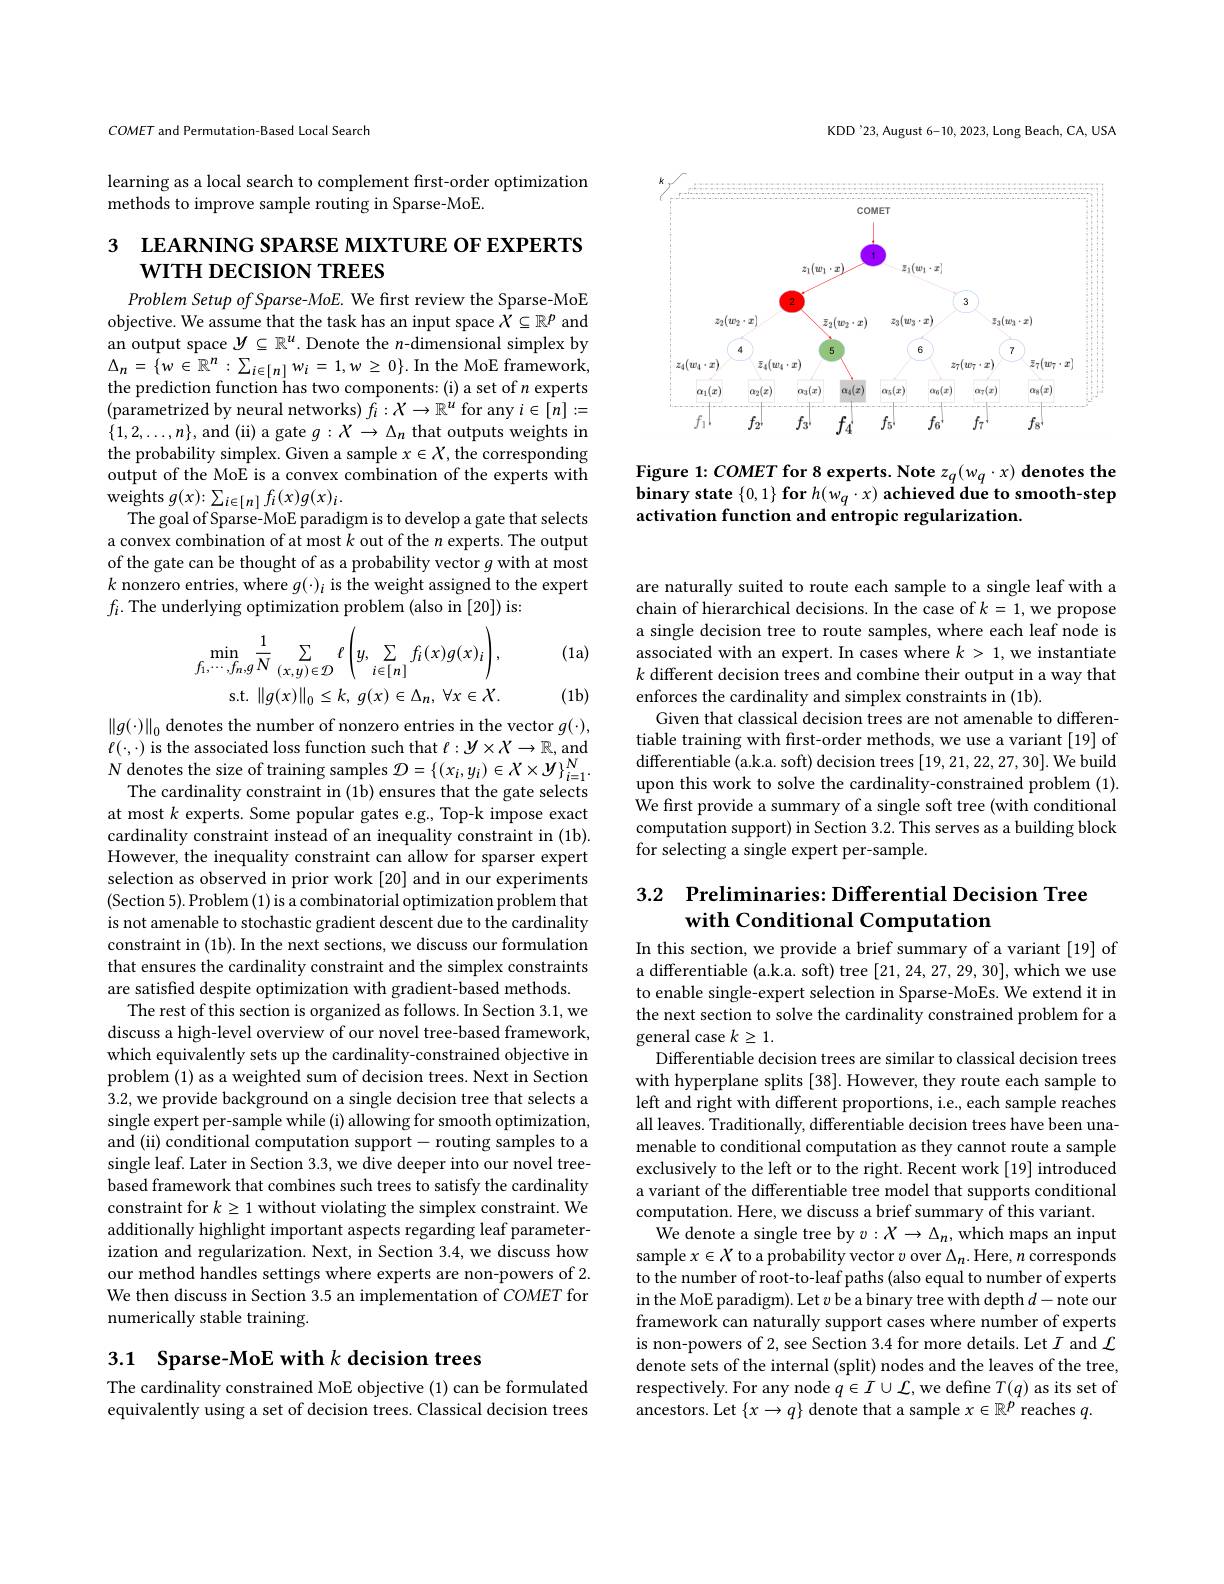
KDD'23, August 6-10, 2023, Long Beach, CA, USA

<FigureHere>

Figure 1: COMET for 8 experts. Note $z_q(w_q\cdot x)$ denotes the binary state $\{ 0, 1\} \textbf{for }h( w_q\cdot x) \textbf{ achieved due to smooth- step}$ activation function and entropic regularization.

COMET and Permutation-Based Local Search

learning as a local search to complement first-order optimization
methods to improve sample routing in Sparse-MoE.

# 3 LEARNING SPARSE MIXTURE OF EXPERTS $\mathbf{w}$ITH DECISION TREES

Problem Setup of Sparse-MoE. We first review the Sparse-MoE objective. We assume that the task has an input space $X\subseteq\mathbb{R}^p$ and an output space $y\subseteq\mathbb{R}^u.$ Denote the $n$-dimensional simplex by $\Delta_{n}=\{w\in\mathbb{R}^{n}:\sum_{i\in[n]}w_{i}=1,w\geq0\}.$In the MoE framework, the prediction function has two components: (i) a set of $n$ experts (parametrized by neural networks) $f_i:X\to\mathbb{R}^u$ for any $i\in[n]:=$ $\{1,2,\ldots,n\}$, and (ii) a gate $g:X\to\Delta_n$ that outputs weights in the probability simplex. Given a sample $x\in X$, the corresponding output of the MoE is a convex combination of the experts with weights $g(x)\colon\sum_{i\in[n]}f_{i}(x)g(x)_{i}.$
The goal of Sparse-MoE paradigm is to develop a gate that selects a convex combination of at most $k$ out of the $n$ experts. The output of the gate can be thought of as a probability vector $g$ with at most $k$ nonzero entries, where $g(\cdot)_i$ is the weight assigned to the expert $f_i.$ The underlying optimization problem (also in [20]) is:

(1a)
$$\min_{f_{1},\cdots,f_{n},g}\frac{1}{N}\sum_{(x,y)\in\mathcal{D}}\ell\left(y,\sum_{i\in[n]}f_{i}(x)g(x)_{i}\right),$$
(1b)

$\left\|g(\cdot)\right\|_0$ denotes the number of nonzero entries in the vector $g(\cdot)$, $\ell ( \cdot , \cdot )$ is the associated loss function such that $\ell : \mathcal{Y} \times \mathcal{X} \to \mathbb{R} $, and $N$ denotes the size of training samples $\mathcal{D} = \left \{ ( x_{i}, y_{i}) \in \mathcal{X} \times \mathcal{Y} \right \} _{i= 1}^{N}.$
The cardinality constraint in (1b) ensures that the gate selects at most $k$ experts. Some popular gates e.g., Top-k impose exact cardinality constraint instead of an inequality constraint in (1b). However, the inequality constraint can allow for sparser expert selection as observed in prior work [20] and in our experiments (Section 5). Problem (1) is a combinatorial optimization problem that is not amenable to stochastic gradient descent due to the cardinality constraint in (1b). In the next sections, we discuss our formulation that ensures the cardinality constraint and the simplex constraints are satisfied despite optimization with gradient-based methods.
The rest of this section is organized as follows. In Section 3.1, we discuss a high-level overview of our novel tree-based framework, which equivalently sets up the cardinality-constrained objective in problem (1) as a weighted sum of decision trees. Next in Section 3.2, we provide background on a single decision tree that selects a single expert per-sample while (i) allowing for smooth optimization, and (ii) conditional computation support- routing samples to a single leaf. Later in Section 3.3, we dive deeper into our novel treebased framework that combines such trees to satisfy the cardinality constraint for $k\geq1$ without violating the simplex constraint. We additionally highlight important aspects regarding leaf parameterization and regularization. Next, in Section 3.4, we discuss how our method handles settings where experts are non-powers of 2. We then discuss in Section 3.5 an implementation of COMET for numerically stable training.

3.1 Sparse-MoE with $k$ decision trees

The cardinality constrained MoE objective (1) can be formulated equivalently using a set of decision trees. Classical decision trees

are naturally suited to route each sample to a single leaf with a chain of hierarchical decisions. In the case of $k=1$,we propose a single decision tree to route samples, where each leaf node is associated with an expert. In cases where $k>1$, we instantiate $k$ different decision trees and combine their output in a way that enforces the cardinality and simplex constraints in (1b).
Given that classical decision trees are not amenable to differentiable training with first-order methods, we use a variant [19] of differentiable (a.k.a. soft) decision trees [19,21,22,27,30]. We build upon this work to solve the cardinality-constrained problem (1). We first provide a summary of a single soft tree (with conditional computation support) in Section 3.2. This serves as a building block for selecting a single expert per-sample.

# 3.2 Preliminaries: Differential Decision Tree with Conditional Computation

In this section, we provide a brief summary of a variant [19] of a differentiable (a.k.a. soft) tree [21,24,27,29,30], which we use to enable single-expert selection in Sparse-MoEs. We extend it in the next section to solve the cardinality constrained problem for a general case $k\geq1.$
Differentiable decision trees are similar to classical decision trees with hyperplane splits [38]. However, they route each sample to left and right with different proportions, i.e., each sample reaches all leaves. Traditionally, differentiable decision trees have been unamenable to conditional computation as they cannot route a sample exclusively to the left or to the right. Recent work [19] introduced a variant of the differentiable tree model that supports conditional computation. Here, we discuss a brief summary of this variant.
We denote a single tree by $v:X\to\Delta_n$, which maps an input sample $x\in X$ to a probability vector $v$ over $\Delta_n.$ Here, $n$ corresponds to the number of root-to-leaf paths (also equal to number of experts in the MoE paradigm). Let $v$ be a binary tree with depth $d-$note our framework can naturally support cases where number of experts is non-powers of 2, see Section 3.4 for more details. Let $I$ and $\mathcal{L}$ denote sets of the internal (split) nodes and the leaves of the tree, respectively. For any node $q\in I\cup\mathcal{L}$,we define $T(q)$ as its set of ancestors. Let $\{x\to q\}$ denote that a sample $x\in\mathbb{R}^p$ reaches $q.$